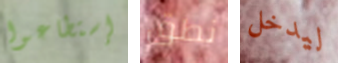
إستطاعوا نطق ليدخل